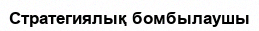
Стратегиялық бомбылаушы